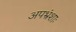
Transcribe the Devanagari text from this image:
अपभ्रंशाः